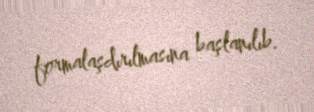
formalaşdırılmasına başlanılıb.